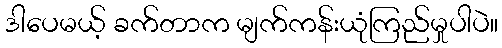
ဒါပေမယ့် ခက်တာက မျက်ကန်းယုံကြည်မှုပါပဲ။